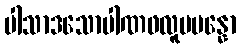
ပါသာဒသောပါဏဖလူပပန္နော